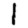
Digit: 1